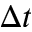
\Delta t